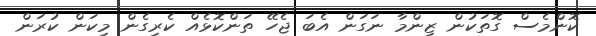
ކޮންމެސް ގޮތަކުން ޒިންމާ ނަގަން އެބަ ޖެހޭ ތަންކޮޅެއް ކެރިގެން މިކަން ކުރަން